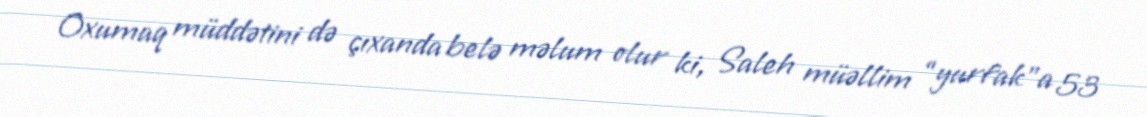
Oxumaq müddətini də çıxanda belə məlum olur ki, Saleh müəllim “yurfak”a 53